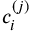
c _ { i } ^ { ( j ) }